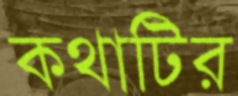
কথাটির